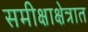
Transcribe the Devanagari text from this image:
समीक्षाक्षेत्रात